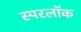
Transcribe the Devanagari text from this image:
स्परलॉक